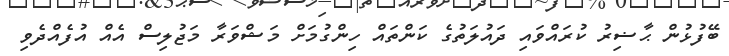
ބޭފުޅުން ޙާޟިރު ކުރައްވައި ދައުލަތުގެ ކަންތައް ހިންގުމަށް މަޝްވަރާ މަޖުލިސް އެއް އުފެއްދެވި